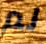
لم